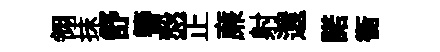
翎抹舒簮慤正亷射還諾衡